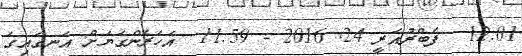
12:01  ފެބްރުއަރީ 24